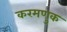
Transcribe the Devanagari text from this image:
करमणुक